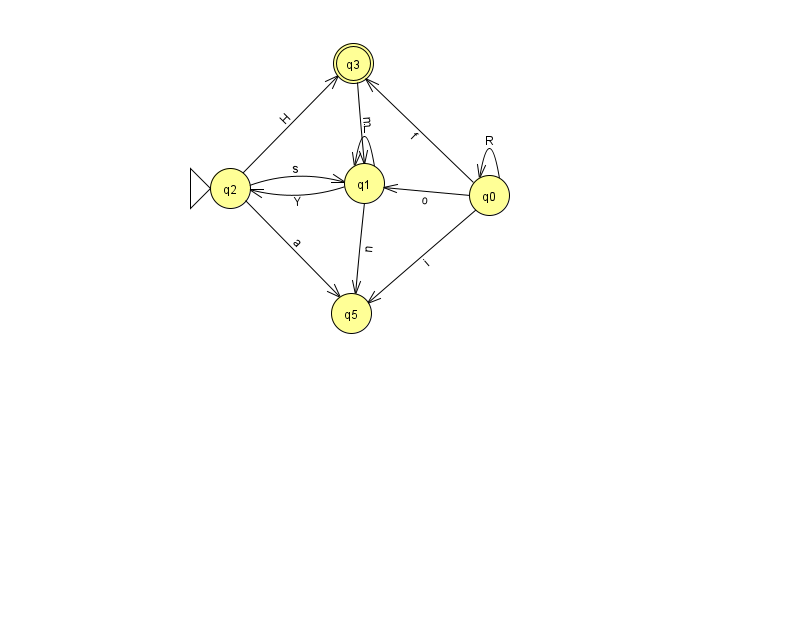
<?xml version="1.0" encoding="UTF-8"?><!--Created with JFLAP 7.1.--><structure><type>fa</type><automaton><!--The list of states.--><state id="0" name="q0"><x>489.0</x><y>182.0</y></state><state id="1" name="q1"><x>364.0</x><y>170.0</y></state><state id="2" name="q2"><x>230.0</x><y>175.0</y><initial/></state><state id="3" name="q3"><x>353.0</x><y>50.0</y><final/></state><state id="5" name="q5"><x>351.0</x><y>300.0</y></state><!--The list of transitions.--><transition><from>0</from><to>3</to><read>f</read></transition><transition><from>0</from><to>0</to><read>R</read></transition><transition><from>2</from><to>5</to><read>a</read></transition><transition><from>2</from><to>1</to><read>s</read></transition><transition><from>1</from><to>1</to><read>i</read></transition><transition><from>2</from><to>3</to><read>H</read></transition><transition><from>3</from><to>1</to><read>m</read></transition><transition><from>1</from><to>5</to><read>n</read></transition><transition><from>0</from><to>5</to><read>i</read></transition><transition><from>0</from><to>1</to><read>o</read></transition><transition><from>1</from><to>2</to><read>Y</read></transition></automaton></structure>